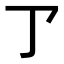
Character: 𠄐